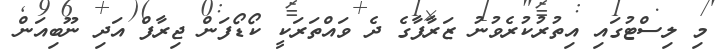
މި ލިސްޓުގައި އިތުރުކުރެވުނު ޒަރާފާގެ ދެ ވައްތަރަކީ ކޯޑޯފަން ޖިރާފް އަދި ނޫބިއަން